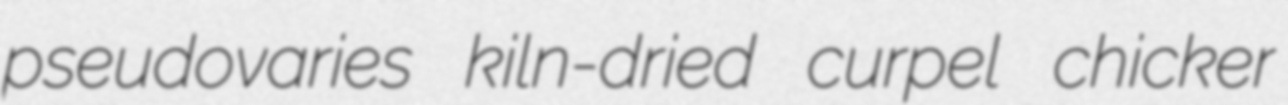
pseudovaries kiln-dried curpel chicker